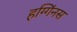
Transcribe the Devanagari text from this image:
हग्गिंनस